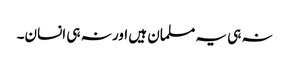
نہ ہی یہ مسلمان ہیں اور نہ ہی انسان۔